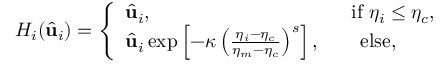
H _ { i } ( \widehat { \mathbf { u } } _ { i } ) = \left\{ \begin{array} { l l } { \widehat { \mathbf { u } } _ { i } , \quad \quad \quad \quad \quad \quad \quad \quad \quad \quad \, \mathrm { i f } \ \eta _ { i } \leq \eta _ { c } , } \\ { \widehat { \mathbf { u } } _ { i } \exp \left[ - \kappa \left( \frac { \eta _ { i } - \eta _ { c } } { \eta _ { m } - \eta _ { c } } \right) ^ { s } \right] , \quad \quad \mathrm { e l s e } , } \end{array} \right.